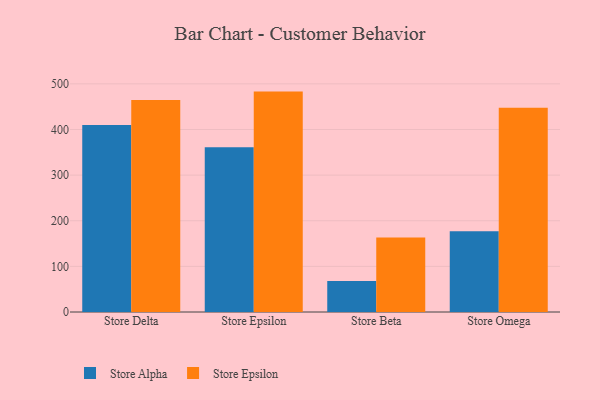
{"axis": {"x": "Store", "y": "Headcount"}, "legend": ["Store Alpha", "Store Epsilon"], "data": [{"x": "Store Delta", "y": 409.9, "type": "Store Alpha"}, {"x": "Store Delta", "y": 464.8, "type": "Store Epsilon"}, {"x": "Store Epsilon", "y": 361.1, "type": "Store Alpha"}, {"x": "Store Epsilon", "y": 483.1, "type": "Store Epsilon"}, {"x": "Store Beta", "y": 67.8, "type": "Store Alpha"}, {"x": "Store Beta", "y": 163.2, "type": "Store Epsilon"}, {"x": "Store Omega", "y": 177.0, "type": "Store Alpha"}, {"x": "Store Omega", "y": 447.5, "type": "Store Epsilon"}]}